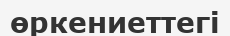
өркениеттегі